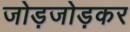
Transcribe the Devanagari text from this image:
जोड़जोड़कर